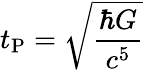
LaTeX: t_{\mathrm{P}}={\sqrt{\frac{\hbar G}{c^{5}}}}